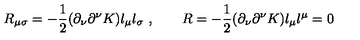
R _ { \mu \sigma } = - { \frac { 1 } { 2 } } ( \partial _ { \nu } \partial ^ { \nu } K ) l _ { \mu } l _ { \sigma } \ , \qquad R = - { \frac { 1 } { 2 } } ( \partial _ { \nu } \partial ^ { \nu } K ) l _ { \mu } l ^ { \mu } = 0